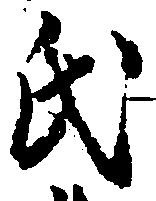
氏